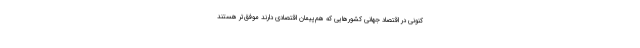
کنونی در اقتصاد جهانی کشورهایی که هم‌پیمان اقتصادی دارند موفق‌تر هستند